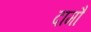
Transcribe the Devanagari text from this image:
दामौ